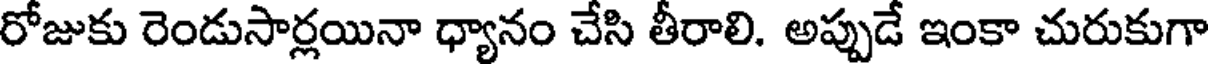
రోజుకు రెండుసార్లయినా ధ్యానం చేసి తీరాలి. అప్పుడే ఇంకా చురుకుగా